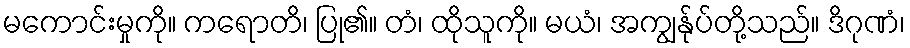
မကောင်းမှုကို။ ကရောတိ၊ ပြု၏။ တံ၊ ထိုသူကို။ မယံ၊ အကျွန်ုပ်တို့သည်။ ဒိဂုဏံ၊